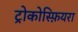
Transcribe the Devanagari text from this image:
ट्रोकोस्फ़ियरा